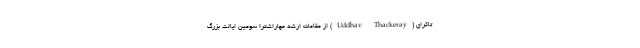
تاکرای (Uddhav Thackeray) از مقامات ارشد مهاراشترا سومین ایالت بزرگ